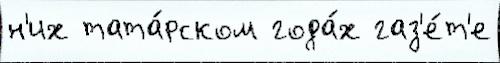
н'их тата́рском года́х газ'е́т'е